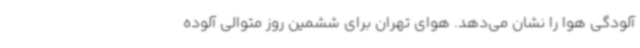
آلودگی هوا را نشان می‌دهد. هوای تهران برای ششمین روز متوالی آلوده